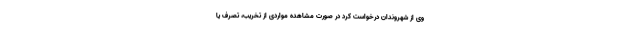
وی از شهروندان درخواست کرد در صورت مشاهده مواردی از تخریب، تصرف یا